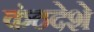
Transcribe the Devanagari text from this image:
कंठदेशे